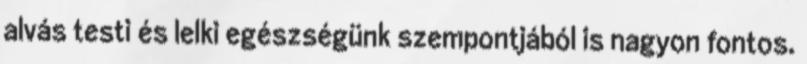
alvás testi és lelki egészségünk szempontjából is nagyon fontos.